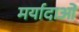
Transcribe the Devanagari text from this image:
मर्यादाआें